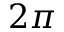
2 \pi